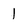
Character: 1